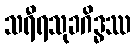
သရီရသုခဂိဒ္ဓဿ